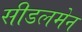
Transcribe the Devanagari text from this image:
सीडलमेन